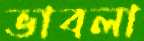
ভাবলা